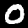
Label: 0